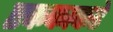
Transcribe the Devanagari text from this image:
एककाकडे